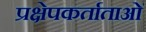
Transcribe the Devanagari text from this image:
प्रक्षेपकर्ताताओं